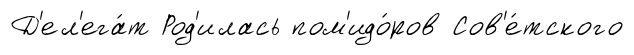
Д'ел'ега́т Род'илась пом'идо́ров Сов'е́тского